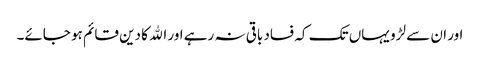
اور ان سے لڑو یہاں تک کہ فساد باقی نہ رہے اور الله کا دین قائم ہو جائے۔